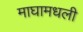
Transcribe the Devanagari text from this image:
माघामधली